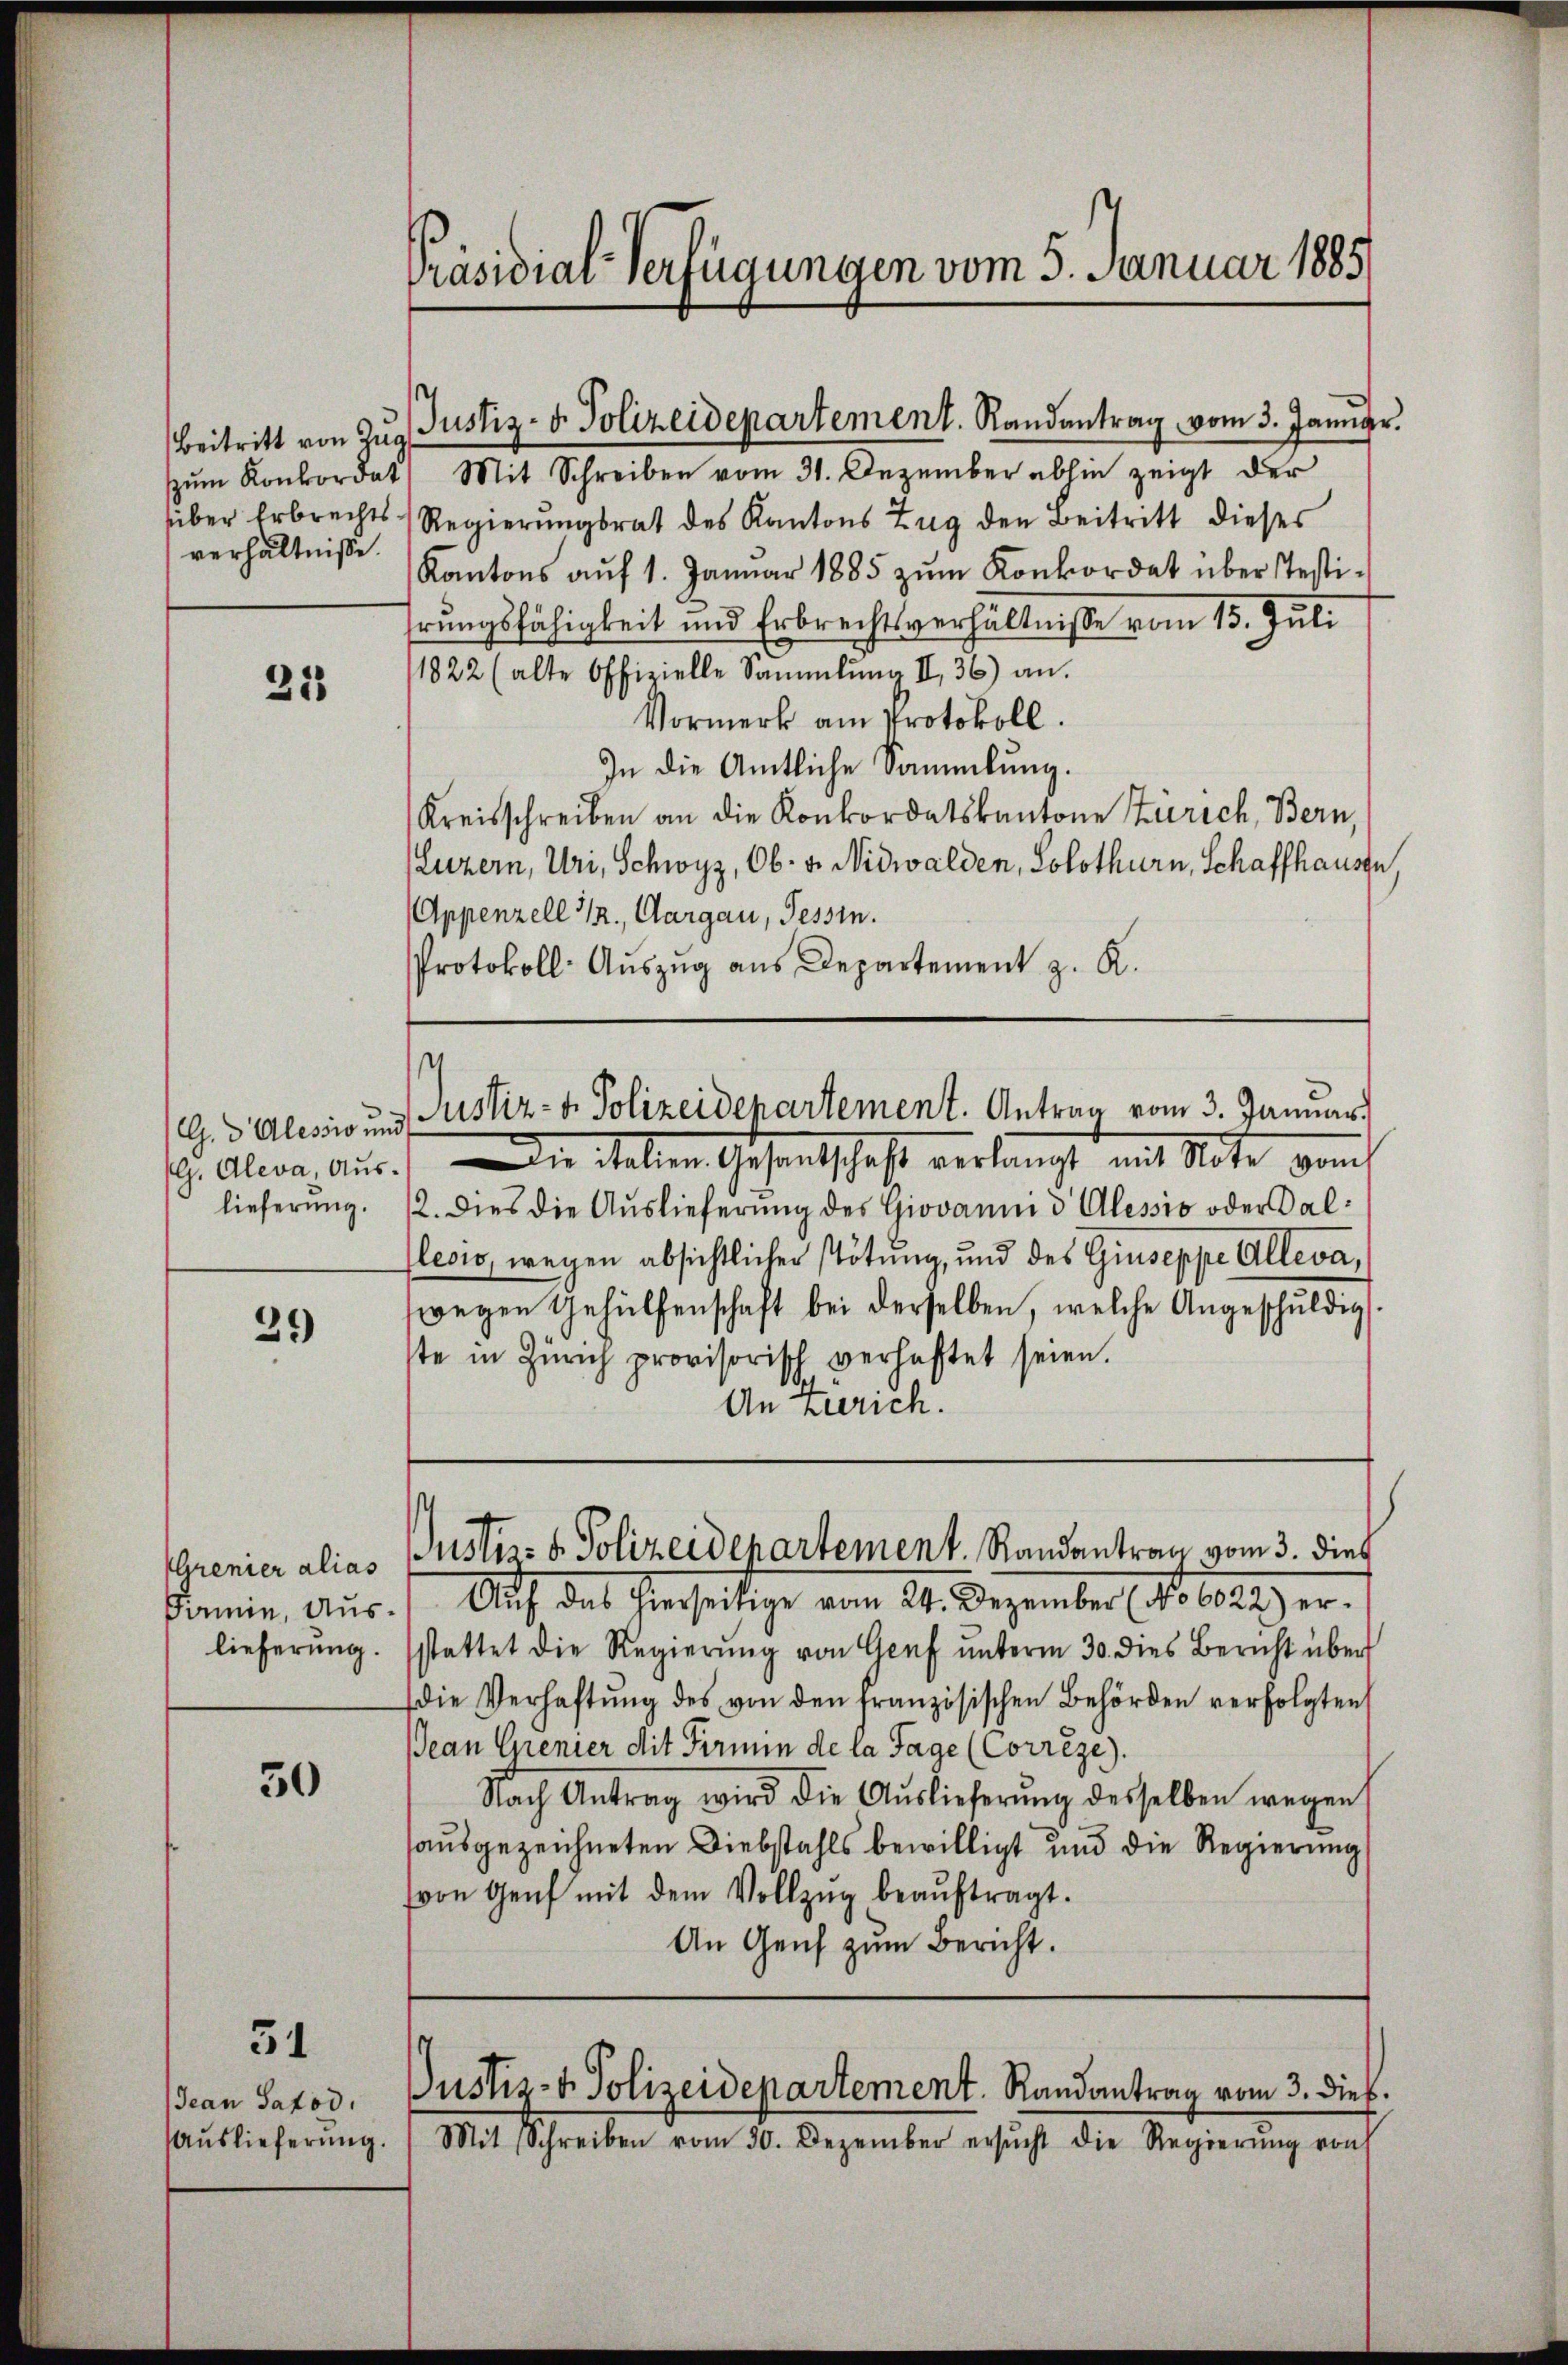
Beitritt von Zug
zum Konkordat
über Erbrechts
verhältnisse.

21

G.d Alessio und
G. Aleva, Aus-
lieferung.

29

Prenier alias
Farmin, Auslieferung.

30

31

Jean Satod.
Auslieferung.

Präsidiar verfügungen vom 5. Januar 1885

¬

Mit Schreiben vom 31. Dezember abhin zeigt der
Regierŭngsrat des Kantons Zug den Beitritt dieses
Kantons aŭf 1. Januar 1885 zŭm Konkordat über stesti-
hrungsfähigkeit und Erbrechtsverhältnisse vom 13. Juli
1822 (alte Offizielle Sammlung II 36) an.
Vormerk am Protokoll.
In die Amtliche Sammlung.
Kreisschreiben an die Konkordatskantone Zürich, Bern,
(Luzern, Uri, Schwyz, Ob- u. Nidwalden, Solothurn, Schaffhausen
Appenzell 1., Aargau, Tessin.
Protokoll- Aŭszŭg aŭs Departement z. R.
Die italien Gesantschaft verlangt mit Note vom
12. Dies die Auslieferung des Giovanni d Alessio oder Salleois, wegen absichtlicher Tötung, und des Giuseppe Alleva,
wegen Gehülfenschaft bei derselben, welche Angeschuldig
te in Zürich provisorisch verhaftet seien.
An Zürich.
Justiz- & Polizeidepartement. Randantrag vom 3. dies
Auf das hierseitige vom 24. Dezember (No 6022) erstattet die Regierŭng von Genf ŭnterm 30. dies Bericht über
die Verhaftŭng des von den französischen Behörden verfolgten
Jean Grenier Mit Firmin de la Tage (Correze).
Nach Antrag wird die Aŭslieferŭng desselben wegen
ausgezeichneten Diebstahls bewilligt und die Regierung
von Genf mit dem Vollzŭg beaŭftragt.
An Genf zum Bericht.

Justiz- & Polizeidepartement. Randantrag vom 3. Januar

Justiz- & Polizeidepartement. Antrag vom 3. Januar.

) Mit Schreiben vom 30. Dezember ersŭcht die Regierŭng von

Justiz- & Polizeidepartement. Randantrag vom 3. dieß.